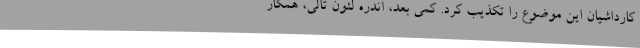
کارداشیان این موضوع را تکذیب کرد. کمی بعد، آندره لئون تالی، همکار